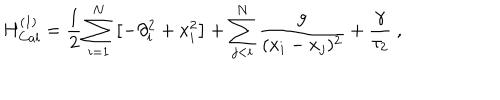
LaTeX: H _ { C a l } ^ { ( 1 ) } = { \frac { 1 } { 2 } } \sum _ { i = 1 } ^ { N } \left[ - \partial _ { i } ^ { 2 } + x _ { i } ^ { 2 } \right] + \sum _ { j < i } ^ { N } \frac g { ( x _ { i } - x _ { j } ) ^ { 2 } } + \frac { \gamma } { \tau _ { 2 } } \ ,